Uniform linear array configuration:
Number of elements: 24
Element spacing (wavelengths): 0.25
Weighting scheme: blackman
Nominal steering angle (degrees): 15
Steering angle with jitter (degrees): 14.649
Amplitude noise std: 0.05
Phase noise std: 0.05

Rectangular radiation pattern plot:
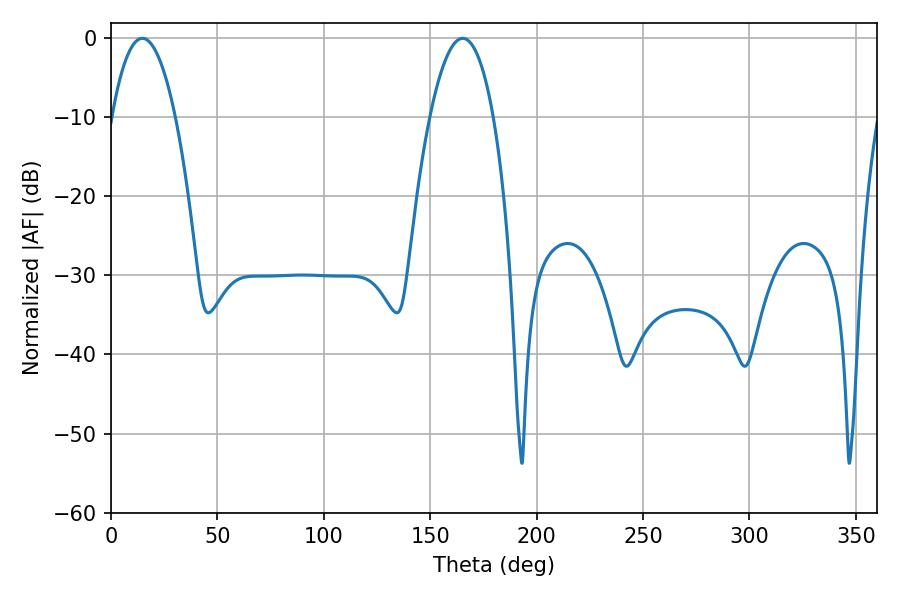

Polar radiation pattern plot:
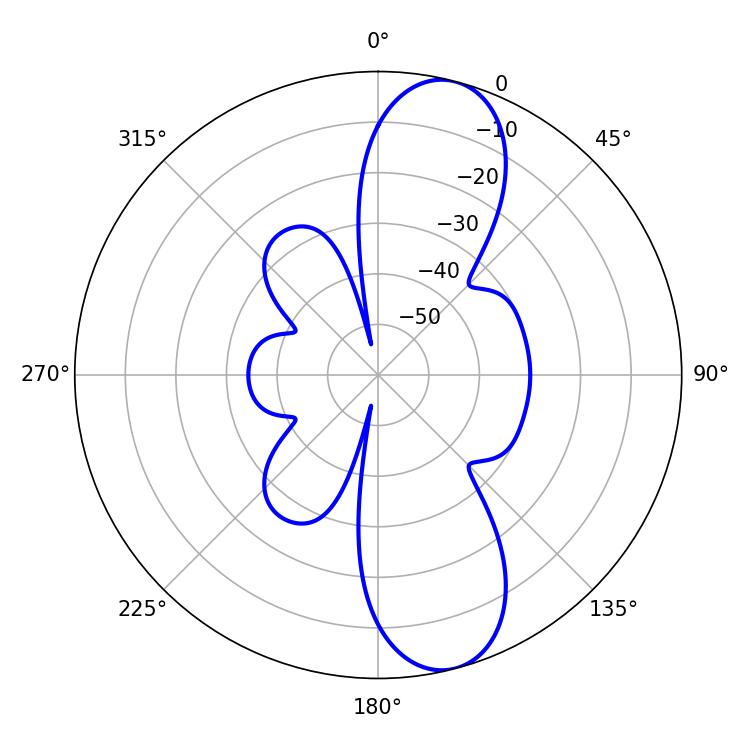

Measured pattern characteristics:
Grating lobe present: FALSE
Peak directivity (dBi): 11.001
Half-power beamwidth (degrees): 16.56
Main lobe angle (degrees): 14.76